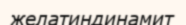
желатиндинамит